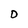
Character: D